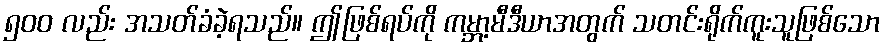
၅၀၀ လည်း အသတ်ခံခဲ့ရသည်။ ဤဖြစ်ရပ်ကို ကမ္ဘာ့မီဒီယာအတွက် သတင်းရိုက်ကူးသူဖြစ်သော